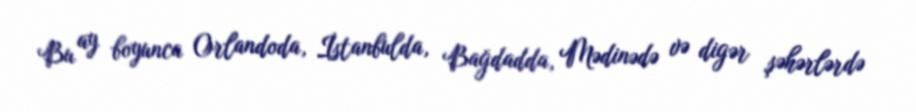
Bu ay boyunca Orlandoda, İstanbulda, Bağdadda, Mədinədə və digər şəhərlərdə